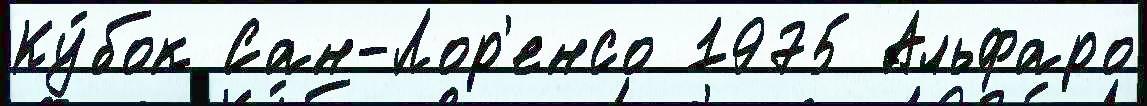
Ку́бок Сан-Лор'енсо 1975 Альфаро